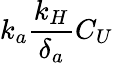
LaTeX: k_{a}\frac{k_{H}}{\delta_{a}}C_{U}